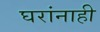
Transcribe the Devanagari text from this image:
घरांनाही